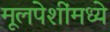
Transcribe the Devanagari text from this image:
मूलपेशींमध्ये